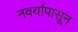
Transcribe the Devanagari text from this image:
नवर्यापासून